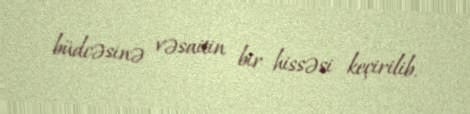
büdcəsinə vəsaitin bir hissəsi keçirilib.